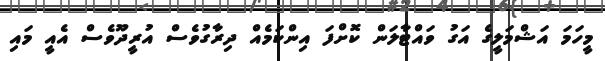
މީހަމަ އަޝްމަލީގެ އަގު ވައްޓާލަން ކޮށްފަ އިންކަމެއް ދިރާގުވެސް އުރީދޫވެސް އެއީ މައި